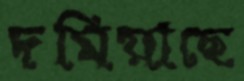
দমিয়াছে